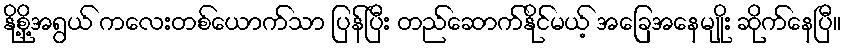
နို့စို့အရွယ် ကလေးတစ်ယောက်သာ ပြန်ပြီး တည်ဆောက်နိုင်မယ့် အခြေအနေမျိုး ဆိုက်နေပြီ။